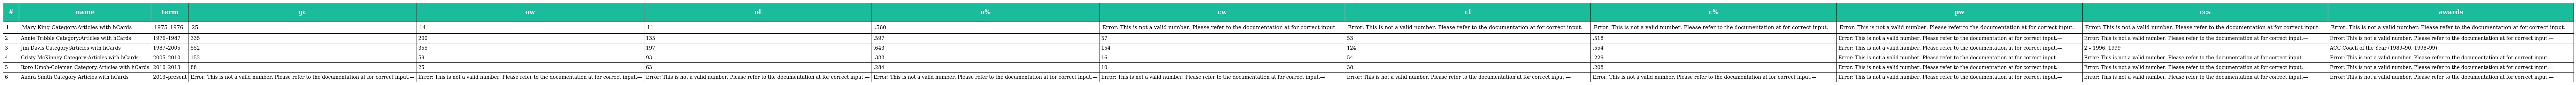
| # | name | term | gc | ow | ol | o% | cw | cl | c% | pw | ccs | awards |
 | --- | --- | --- | --- | --- | --- | --- | --- | --- | --- | --- | --- | --- |
 | 1 | Mary King Category:Articles with hCards | 1975–1976 | 25 | 14 | 11 | .560 | Error: This is not a valid number. Please refer to the documentation at for correct input.— | Error: This is not a valid number. Please refer to the documentation at for correct input.— | Error: This is not a valid number. Please refer to the documentation at for correct input.— | Error: This is not a valid number. Please refer to the documentation at for correct input.— | Error: This is not a valid number. Please refer to the documentation at for correct input.— | Error: This is not a valid number. Please refer to the documentation at for correct input.— |
 | 2 | Annie Tribble Category:Articles with hCards | 1976–1987 | 335 | 200 | 135 | .597 | 57 | 53 | .518 | Error: This is not a valid number. Please refer to the documentation at for correct input.— | Error: This is not a valid number. Please refer to the documentation at for correct input.— | Error: This is not a valid number. Please refer to the documentation at for correct input.— |
 | 3 | Jim Davis Category:Articles with hCards | 1987–2005 | 552 | 355 | 197 | .643 | 154 | 124 | .554 | Error: This is not a valid number. Please refer to the documentation at for correct input.— | 2 – 1996, 1999 | ACC Coach of the Year (1989–90, 1998–99) |
 | 4 | Cristy McKinney Category:Articles with hCards | 2005–2010 | 152 | 59 | 93 | .388 | 16 | 54 | .229 | Error: This is not a valid number. Please refer to the documentation at for correct input.— | Error: This is not a valid number. Please refer to the documentation at for correct input.— | Error: This is not a valid number. Please refer to the documentation at for correct input.— |
 | 5 | Itoro Umoh-Coleman Category:Articles with hCards | 2010–2013 | 88 | 25 | 63 | .284 | 10 | 38 | .208 | Error: This is not a valid number. Please refer to the documentation at for correct input.— | Error: This is not a valid number. Please refer to the documentation at for correct input.— | Error: This is not a valid number. Please refer to the documentation at for correct input.— |
 | 6 | Audra Smith Category:Articles with hCards | 2013–present | Error: This is not a valid number. Please refer to the documentation at for correct input.— | Error: This is not a valid number. Please refer to the documentation at for correct input.— | Error: This is not a valid number. Please refer to the documentation at for correct input.— | Error: This is not a valid number. Please refer to the documentation at for correct input.— | Error: This is not a valid number. Please refer to the documentation at for correct input.— | Error: This is not a valid number. Please refer to the documentation at for correct input.— | Error: This is not a valid number. Please refer to the documentation at for correct input.— | Error: This is not a valid number. Please refer to the documentation at for correct input.— | Error: This is not a valid number. Please refer to the documentation at for correct input.— | Error: This is not a valid number. Please refer to the documentation at for correct input.— |